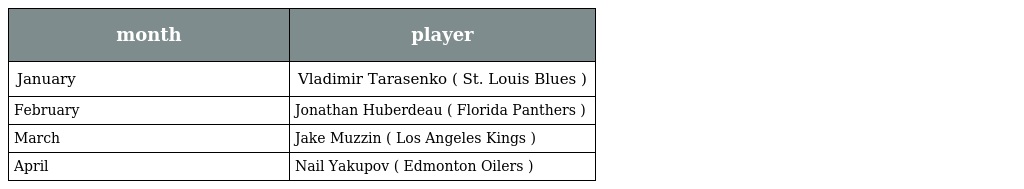
| month | player |
 | --- | --- |
 | January | Vladimir Tarasenko ( St. Louis Blues ) |
 | February | Jonathan Huberdeau ( Florida Panthers ) |
 | March | Jake Muzzin ( Los Angeles Kings ) |
 | April | Nail Yakupov ( Edmonton Oilers ) |